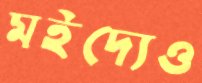
মইদ্যেও